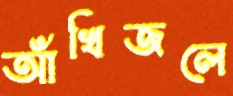
আঁখিজলে